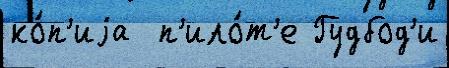
ко́п'иjа  п'ило́т'е Гудбод'и